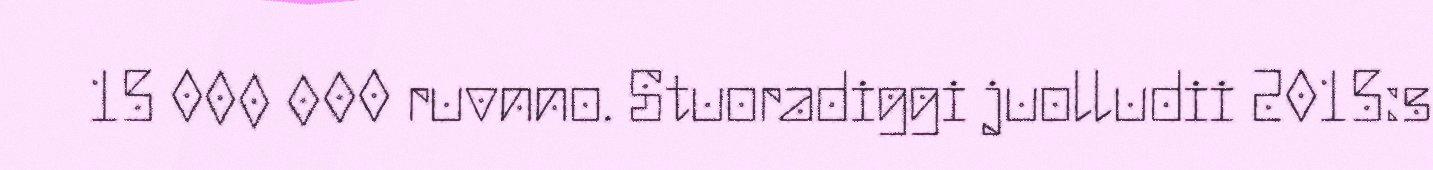
15 000 000 ruvnno. Stuoradiggi juolludii 2015:s